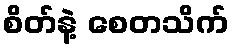
စိတ်နဲ့ စေတသိက်